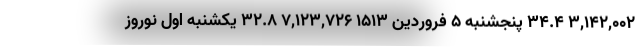
۳,۱۴۲,۰۰۲ ۳۴.۴ پنجشنبه ۵ فروردین ۱۵۱۳ ۷,۱۲۳,۷۲۶ ۳۲.۸ یکشنبه اول نوروز